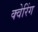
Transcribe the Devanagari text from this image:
क्वेरिंग